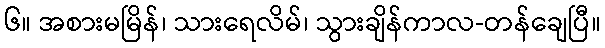
၆။ အစားမမြိန်၊ သားရေလိမ်၊ သွားချိန်ကာလ-တန်ချေပြီ။